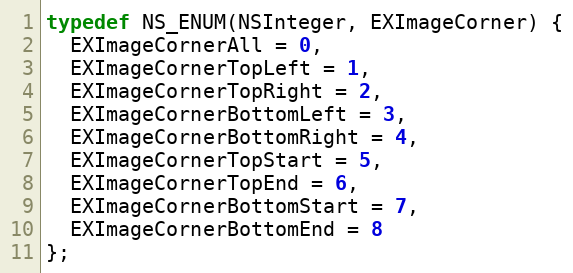
Language: C
typedef NS_ENUM(NSInteger, EXImageCorner) {
  EXImageCornerAll = 0,
  EXImageCornerTopLeft = 1,
  EXImageCornerTopRight = 2,
  EXImageCornerBottomLeft = 3,
  EXImageCornerBottomRight = 4,
  EXImageCornerTopStart = 5,
  EXImageCornerTopEnd = 6,
  EXImageCornerBottomStart = 7,
  EXImageCornerBottomEnd = 8
};